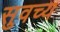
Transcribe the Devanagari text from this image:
सुवच्य